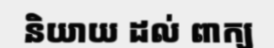
និយាយ ដល់ ពាក្យ